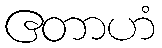
ဧတာဟံ